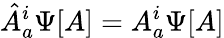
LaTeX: {\hat{A}}_{a}^{i}\Psi[A]=A_{a}^{i}\Psi[A]